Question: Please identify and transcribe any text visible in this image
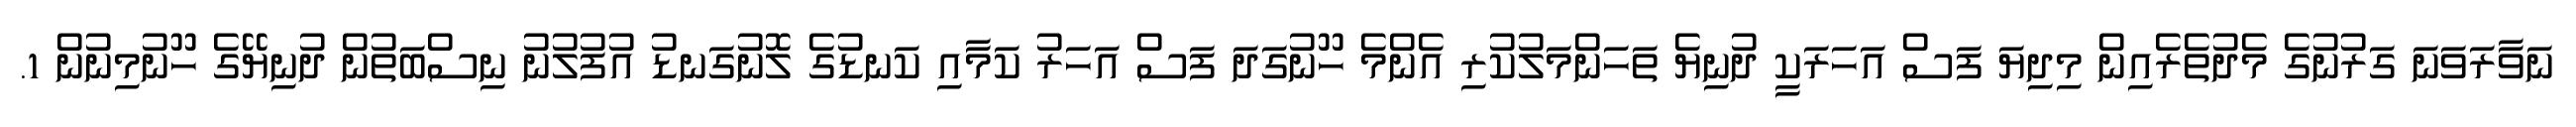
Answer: ނަވާރަވަނަ ގަރުނުގެ މެދުތެރެއިން މިދިޔަ ފަސް އަހަރަކީ ދުނިޔެ ތަހަންމަލުކުރި އެންމެ ހޫނުގަދަ ފަސް އަހަރު ކަމާއި ކަނޑުގެ ލޮނުގަނޑު އުފުލުނު ނިސްބަތުން ދުނިޔޭގެ ހޫނުމިނުން 1.